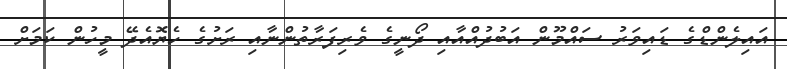
އައިލެންޑްގެ ޑައިވަރު ސައްމޫން އަބުދުއްއާއި ދޯނީގެ ވެރިފަރާތުންނާއި ރަށުގެ ހެޔޮއެދޭ މީހުން ކަމަށް